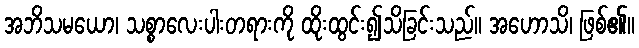
အဘိသမယော၊ သစ္စာလေးပါးတရားကို ထိုးထွင်း၍သိခြင်းသည်။ အဟောသိ၊ ဖြစ်၏။